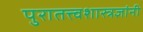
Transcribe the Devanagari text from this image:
पुरातत्त्वशास्त्रज्ञांनी